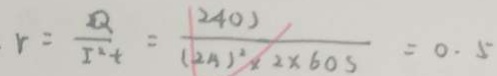
r = \frac { Q } { I ^ { 2 } t } = \frac { 2 4 0 ) } { ( 2 4 ) ^ { 2 } \times 2 \times 6 0 s } = 0 . 5